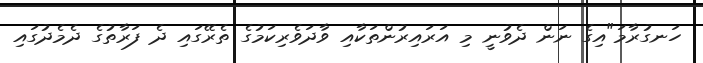
ހަނގުރާމަ"އިގެ ނަން ދެވުނީ މި އަރައިރުންތަކާއި ވާދަވެރިކަމުގެ ތެރޭގައި ދެ ފަރާތުގެ ދެމެދުގައި